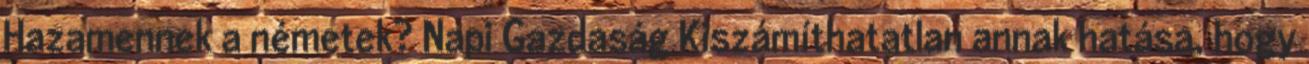
Hazamennek a németek? Napi Gazdaság Kiszámíthatatlan annak hatása, hogy